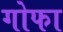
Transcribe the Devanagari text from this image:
गोफा